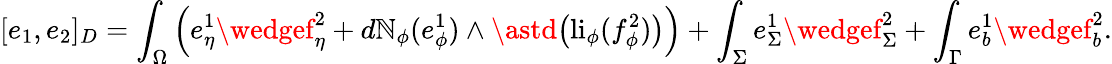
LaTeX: [e_{1},e_{2}]_{D}=\int_{\Omega}\Big(e_{\eta}^{1}\wedgef_{\eta}^{2}+d\mathbb{N}_{\phi}(e_{\phi}^{1})\wedge\astd\big(\mathrm{{li}}_{\phi}(f_{\phi}^{2})\big)\Big)+\int_{\Sigma}e_{\Sigma}^{1}\wedgef_{\Sigma}^{2}+\int_{\Gamma}e_{b}^{1}\wedgef_{b}^{2}.